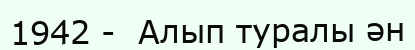
1942 -  Алып туралы ән